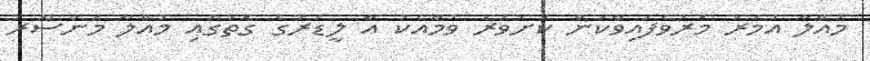
މުއްލާ އުމަރު މަރުވެފައިވާކަން ކަށަވަރު ވުމާއެކު އާ ލީޑަރުގެ ގޮތުގައި މުއްލާ މަންސޫރު